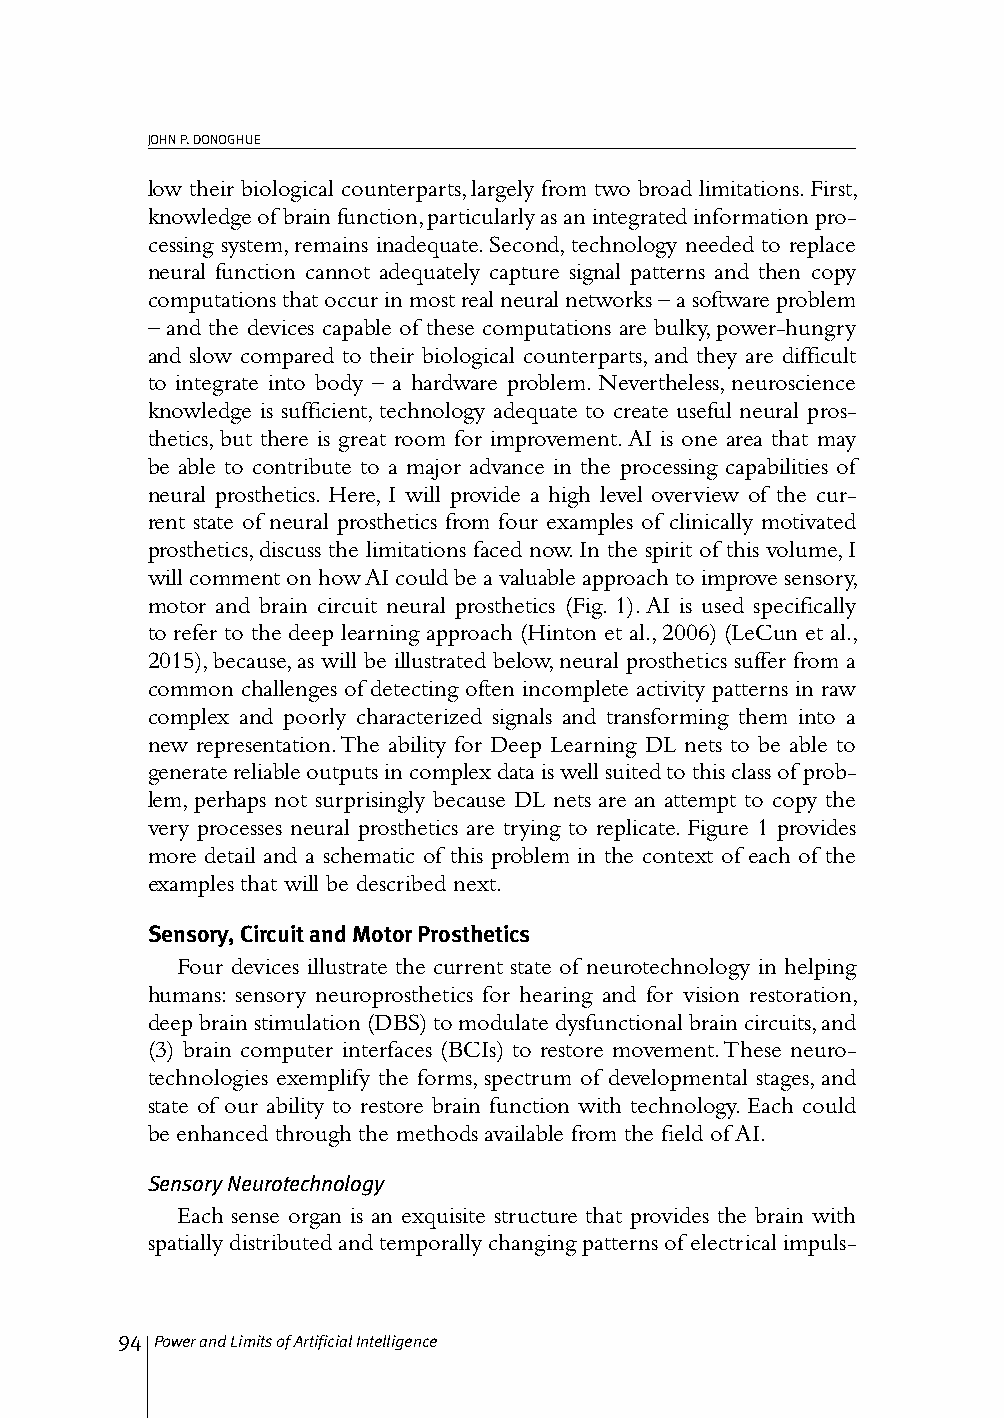
JOHN P. DONOGHUE
 low their biological counterparts, largely from two broad limitations. First,
 knowledge of brain function, particularly as an integrated information pro-
 cessing system, remains inadequate. Second, technology needed to replace
 neural function cannot adequately capture signal patterns and then copy
 computations that occur in most real neural networks – a software problem
 – and the devices capable of these computations are bulky, power-hungry
 and slow compared to their biological counterparts, and they are difficult
 to integrate into body – a hardware problem. Nevertheless, neuroscience
 knowledge is sufficient, technology adequate to create useful neural pros-
 thetics, but there is great room for improvement. AI is one area that may
 be able to contribute to a major advance in the processing capabilities of
 neural prosthetics. Here, I will provide a high level overview of the cur-
 rent state of neural prosthetics from four examples of clinically motivated
 prosthetics, discuss the limitations faced now. In the spirit of this volume, I
 will comment on how AI could be a valuable approach to improve sensory,
 motor and brain circuit neural prosthetics (Fig. 1). AI is used specifically
 to refer to the deep learning approach (Hinton et al., 2006) (LeCun et al.,
 2015), because, as will be illustrated below, neural prosthetics suffer from a
 common challenges of detecting often incomplete activity patterns in raw
 complex and poorly characterized signals and transforming them into a
 new representation. The ability for Deep Learning DL nets to be able to
 generate reliable outputs in complex data is well suited to this class of prob-
 lem, perhaps not surprisingly because DL nets are an attempt to copy the
 very processes neural prosthetics are trying to replicate. Figure 1 provides
 more detail and a schematic of this problem in the context of each of the
 examples that will be described next.
 Sensory, Circuit and Motor Prosthetics
 Four devices illustrate the current state of neurotechnology in helping
 humans: sensory neuroprosthetics for hearing and for vision restoration,
 deep brain stimulation (DBS) to modulate dysfunctional brain circuits, and
 (3) brain computer interfaces (BCIs) to restore movement. These neuro-
 technologies exemplify the forms, spectrum of developmental stages, and
 state of our ability to restore brain function with technology. Each could
 be enhanced through the methods available from the field of AI.
 Sensory Neurotechnology
 Each sense organ is an exquisite structure that provides the brain with
 spatially distributed and temporally changing patterns of electrical impuls-
 94 Power and Limits of Artificial Intelligence